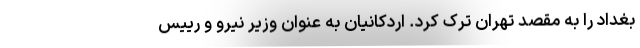
بغداد را به مقصد تهران ترک کرد. اردکانیان به عنوان وزیر نیرو و رییس